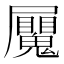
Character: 𭕼